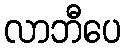
လာဘီပေ